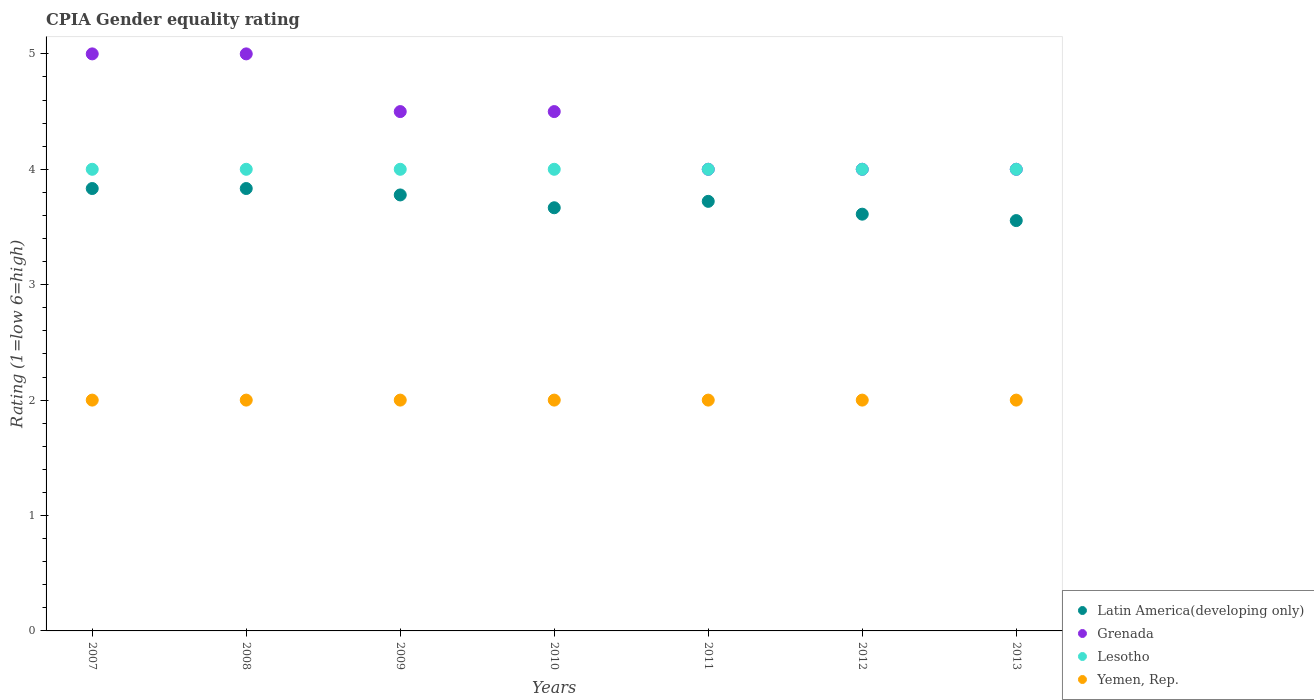
| Years | Latin America(developing only) | Grenada | Lesotho | Yemen, Rep. |
 | --- | --- | --- | --- | --- |
 | 2007 | 3.83 | 5 | 4 | 2 |
 | 2008 | 3.83 | 5 | 4 | 2 |
 | 2009 | 3.78 | 4.5 | 4 | 2 |
 | 2010 | 3.67 | 4.5 | 4 | 2 |
 | 2011 | 3.72 | 4 | 4 | 2 |
 | 2012 | 3.61 | 4 | 4 | 2 |
 | 2013 | 3.56 | 4 | 4 | 2 |